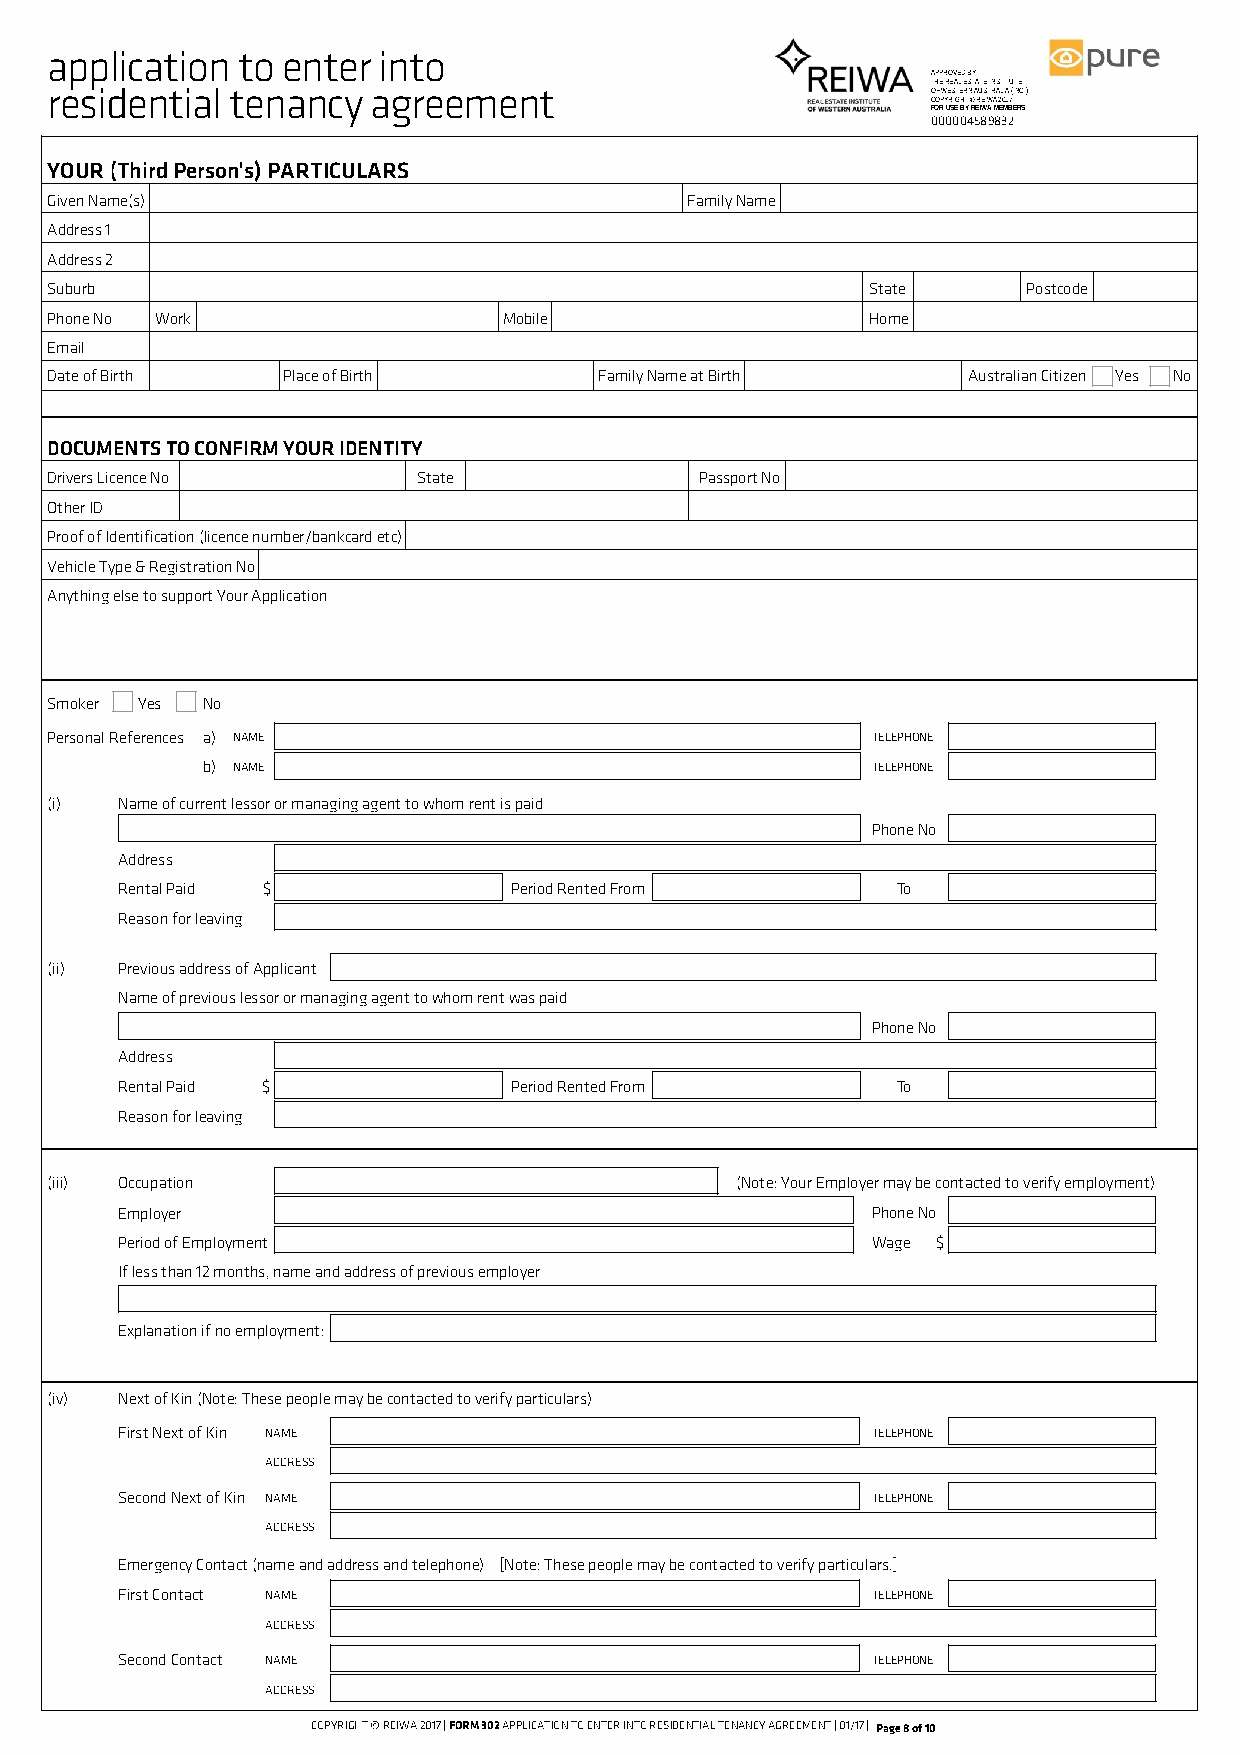
application  to enter into
 APPROVED BY
 THE REAL ESTATE INSTITUTE
 residential tenancy   agreement                            OF WESTERN AUSTRALIA (INC.)
 COPYRIGHT © REIWA 2017
 FOR USE BY REIWA MEMBERS
 000004589832
 YOUR (Third Person's) PARTICULARS
 Given Name(s)                             Family Name
 Address 1
 Address 2
 Suburb                                                 State     Postcode
 Phone No Work                 Mobile                   Home
 Email
 Date of Birth   Place of Birth       Family Name at Birth    Australian Citizen Yes No
 DOCUMENTS TO CONFIRM YOUR IDENTITY
 Drivers Licence No       State             Passport No
 Other ID
 Proof of Identification (licence number/bankcard etc)
 Vehicle Type & Registration No
 Anything else to support Your Application
 Smoker Yes No
 Personal References a) NAME                            TELEPHONE
 b) NAME                                      TELEPHONE
 (i)  Name of current lessor or managing agent to whom rent is paid
 Phone No
 Address
 Rental Paid $             Period Rented From       To
 Reason for leaving
 (ii) Previous address of Applicant
 Name of previous lessor or managing agent to whom rent was paid
 Phone No
 Address
 Rental Paid $             Period Rented From       To
 Reason for leaving
 (iii) Occupation                              (Note: Your Employer may be contacted to verify employment)
 Employer                                          Phone No
 Period of Employment                              Wage $
 If less than 12 months, name and address of previous employer
 Explanation if no employment:
 (iv) Next of Kin (Note: These people may be contacted to verify particulars)
 First Next of Kin NAME                            TELEPHONE
 ADDRESS
 Second Next of Kin NAME                           TELEPHONE
 ADDRESS
 Emergency Contact (name and address and telephone) [Note: These people may be contacted to verify particulars.]
 First Contact NAME                                TELEPHONE
 ADDRESS
 Second Contact NAME                               TELEPHONE
 ADDRESS
 COPYRIGHT © REIWA 2017 | FORM 302 APPLICATION TO ENTER INTO RESIDENTIAL TENANCY AGREEMENT | 01/17 | Page 8 of 10